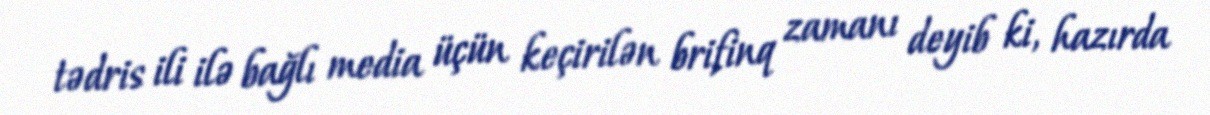
tədris ili ilə bağlı media üçün keçirilən brifinq zamanı deyib ki, hazırda